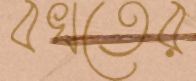
বখতের